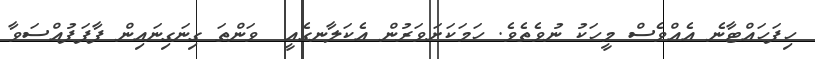
ހިފަހައްޓާނެ އެއްވެސް މީހަކު ނުވެތެވެ. ހަމަކަށަވަރުން އެކަލާނގެއީ  ވަންތަ ގިނަގިނައިން ފާފަފުއްސަވާ